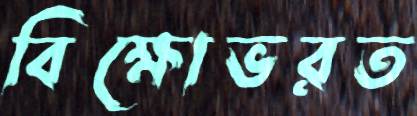
বিক্ষোভরত